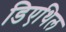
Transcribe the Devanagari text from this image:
डिएथिल